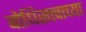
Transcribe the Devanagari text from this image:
बोधिसत्त्वाच्या